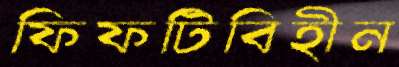
ফিফটিবিহীন